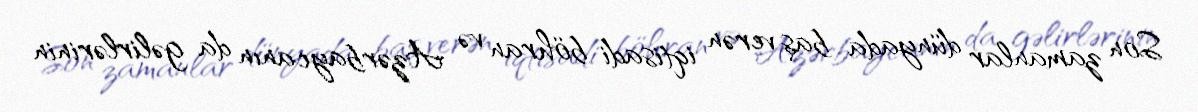
Son zamanlar dünyada baş verən iqtisadi böhran və Azərbaycanın da gəlirlərinin